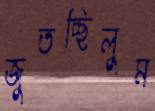
জুতচ্ছিলুম